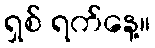
ရှစ် ရက်နေ့။